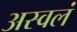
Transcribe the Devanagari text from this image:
अस्वलं